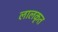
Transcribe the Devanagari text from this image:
लालकृत